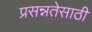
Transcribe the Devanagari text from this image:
प्रसन्नतेसाठी